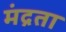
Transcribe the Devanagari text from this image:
मंद्रता